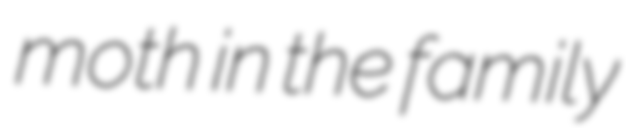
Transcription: moth in the family